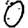
Digit: 0